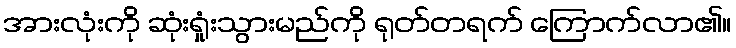
အားလုံးကို ဆုံးရှုံးသွားမည်ကို ရုတ်တရက် ကြောက်လာ၏။